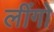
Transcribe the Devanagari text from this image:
लींगो